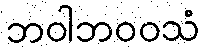
ဘဝါဘဝဝသံ